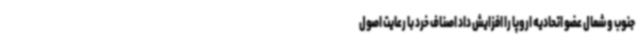
جنوب و شمال عضو اتحادیه اروپا را افزایش داد اصناف خرد با رعایت اصول